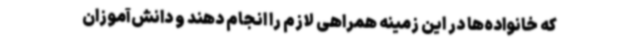
که خانواده‌ها در این زمینه همراهی لازم را انجام دهند و دانش‌آموزان